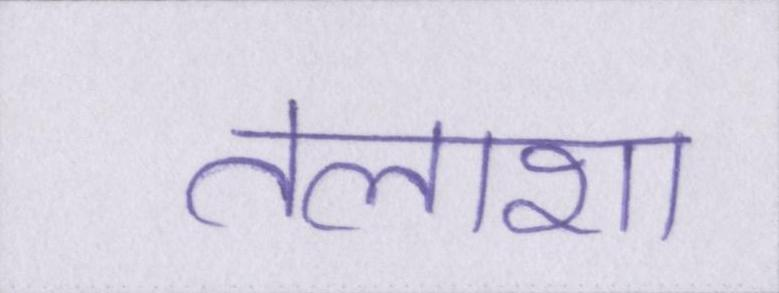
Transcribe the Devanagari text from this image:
तलाशा